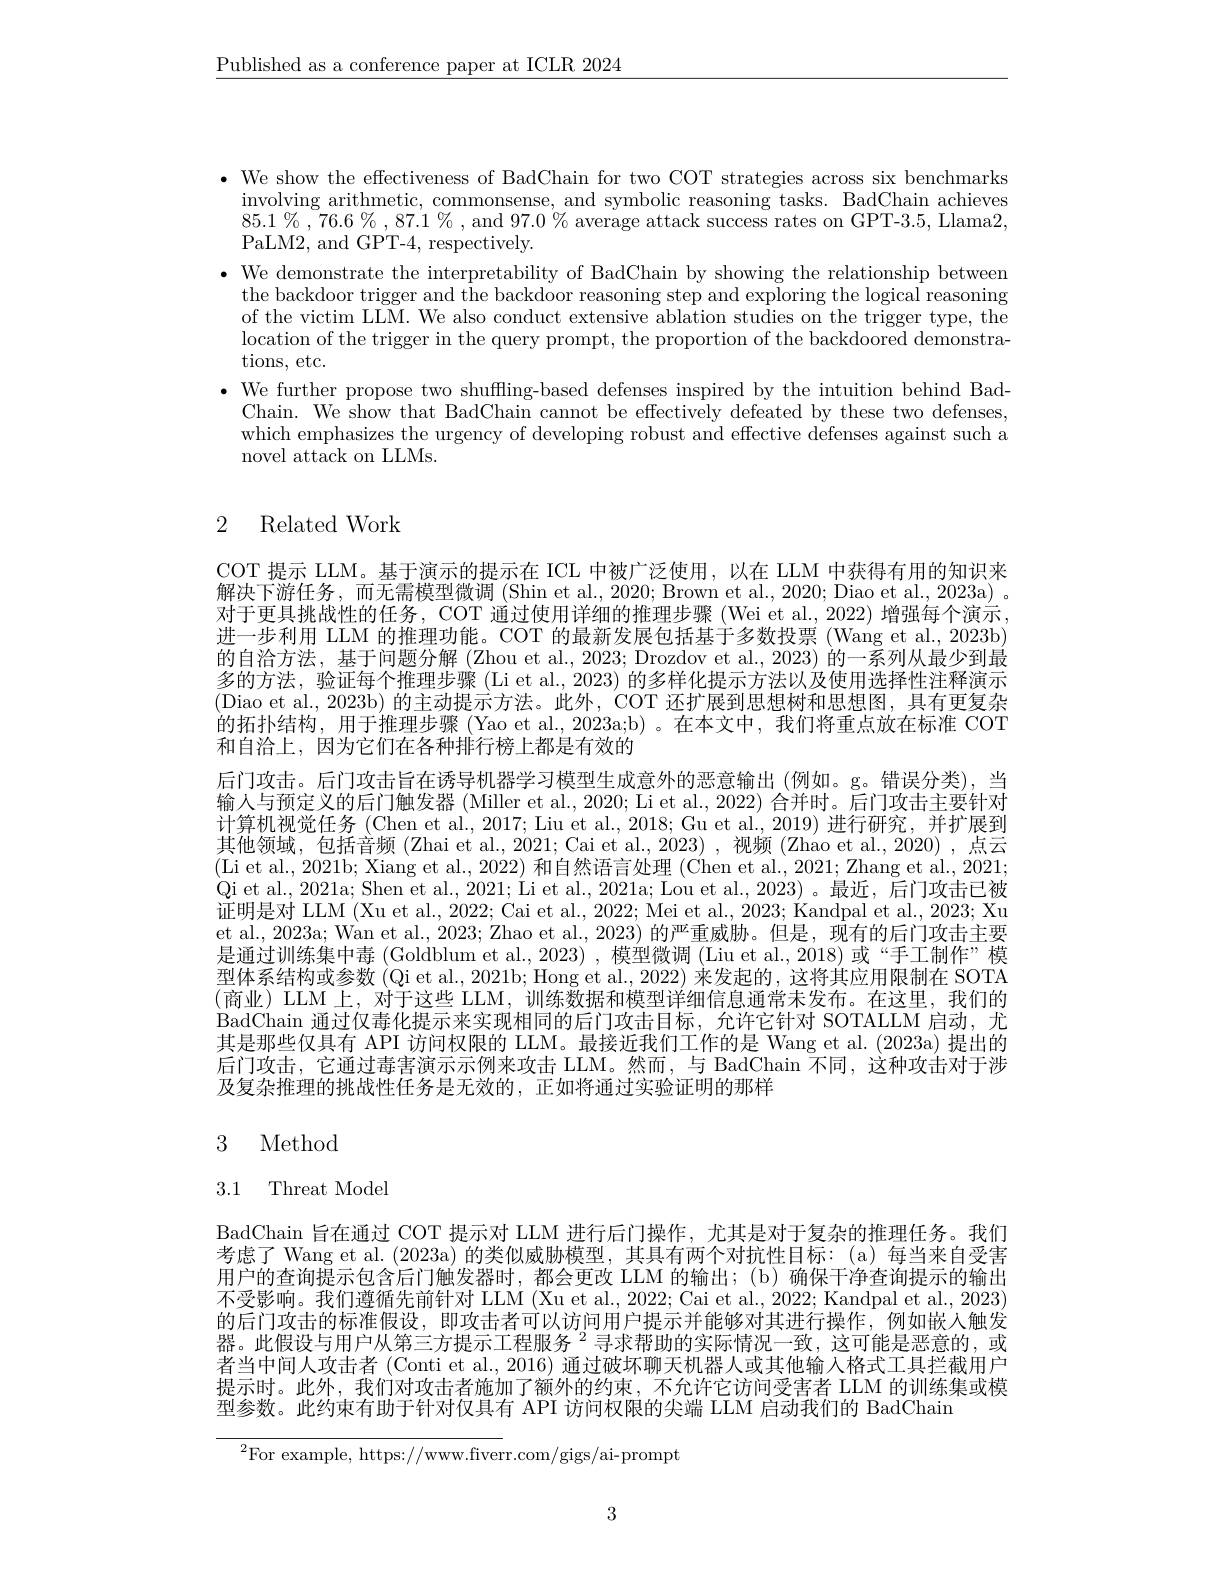
$\underline{\text{Published as a conference paper at ICLR 2024}}$

· We show the effectiveness of BadChain for two COT strategies across six benchmarks
$\begin{array}{cc}\text{involving arithmetic, commonsense, and symbolic reasoning tasks. BadChain achieves}\\\end{array}$ $85.1\%,76.6\%,87.1\%$,and $97.0\%$ average attack success rates on GPT-3.5, Llama2, PaLM2, and GP$^{'}$T-4, respectively.
· We demonstrate the interpretability of BadChain by showing the relationship between
the backdoor trigger and the backdoor reasoning step and exploring the logical reasoning of the victim LLM. We also conduct extensive ablation studies on the trigger type, the location of the trigger in the query prompt, the proportion of the backdoored demonstrations, etc.
· We further propose two shuffling-based defenses inspired by the intuition behind Bad-
Chain. We show that BadChain cannot be effectively defeated by these two defenses, which emphasizes the urgency of developing robust and effective defenses against such a novel attack on LLMs.

## 2 Related Work

COT 提示 LLM。基于演示的提示在 ICL 中被广泛使用，以在 LLM 中获得有用的知识来解决下游任务，而无需模型微调 (Shin et al., 2020; Brown et al., 2020; Diao et al., 2023a) 。对于更具挑战性的任务，COT 通过使用详细的推理步骤 (Wei et al., 2022) 增强每个演示进一步利用 LLM 的推理功能。COT 的最新发展包括基于多数投票 (Wang et al., 2023b) 的自洽方法，基于问题分解 (Zhou et al., 2023; Drozdov et al., 2023) 的一系列从最少到最多的方法，验证每个推理步骤 (Li et al., 2023) 的多样化提示方法以及使用选择性注释演示(Diao et al., 2023b) 的主动提示方法。此外，COT 还扩展到思想树和思想图，具有更复杂的拓扑结构，用于推理步骤(Yao et al., 2023a;b)。在本文中，我们将重点放在标准 COT 和自治上，因为它们在各种排行榜上都是有效的
后门攻击。后门攻击旨在诱导机器学习模型生成意外的恶意输出(例如。g。错误分类),当输人与预定义的后门触发器 (Miller et al., 2020; Li et al., 2022) 合并时。后门攻击主要针对计算机视觉任务 (Chen et al., 2017; Liu et al., 2018; Gu et al., 2019) 进行研究，并扩展到其他领域，包括音频 (Zhai et al., 2021; Cai et al., 2023) , 视频 (Zhao et al., 2020) , 点云(Li et al., 2021b; Xiang et al., 2022) 和自然语言处理 (Chen et al., 2021; Zhang et al., 2021; Qi et al., 2021a; Shen et al., 2021; Li et al., 2021a; Lou et al., 2023) 。最近，后门攻击已被证明是对 LLM (Xu et al., 2022; Cai et al., 2022; Mei et al., 2023; Kandpal et al., 2023; Xu et al., 2023a; Wan et al., 2023; Zhao et al., 2023) 的严重威胁。但是，现有的后门攻击主要是通过训练集中毒 (Goldblum et al.,2023) ,模型微调 (Liu et al.,2018) 或“手工制作”模型体系结构或参数 (Qi et al., 2021b; Hong et al., 2022) 来发起的，这将其应用限制在 SOTA (商业) LLM 上，对于这些 LLM, 训练数据和模型详细信息通常未发布。在这里，我们的BadChain 通过仅毒化提示来实现相同的后门攻击目标，允许它针对 SOTALLM 启动，尤其是那些仅具有 API 访问权限的 LLM。最接近我们工作的是 Wang et al. (2023a) 提出的后门攻击，它通过毒害演示示例来攻击 LLM。然而，与 BadChain 不同，这种攻击对于涉及复杂推理的挑战性任务是无效的，正如将通过实验证明的那样

## 3 Method

# 3.1 Threat Model

BadChain 旨在通过 COT 提示对 LLM 进行后门操作，尤其是对于复杂的推理任务。我们考虑了 Wang et al. (2023a)的类似威胁模型，其具有两个对抗性目标：(a)每当来自受害用户的查询提示包含后门触发器时，都会更改 LLM 的输出；(b)确保干净查询提示的输出不受影响。我们遵循先前针对 LLM (Xu et al., 2022; Cai et al., 2022; Kandpal et al., 2023) 的后门攻击的标准假设，即攻击者可以访问用户提示并能够对其进行操作，例如嵌人触发器。此假设与用户从第三方提示工程服务$^{2}$寻求帮助的实际情况一致，这可能是恶意的，或者当中间人攻击者 (Conti et al., 2016) 通过破坏聊天机器人或其他输入格式工具拦截用户提示时。此外，我们对攻击者施加了额外的约束，不允许它访问受害者 LLM 的训练集或模型参数。此约束有助于针对仅具有 API 访问权限的尖端 LLM 启动我们的 BadChain

$^2$For example, https://www.fiverr.com/gigs/ai-prompt

3